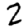
Digit: 2